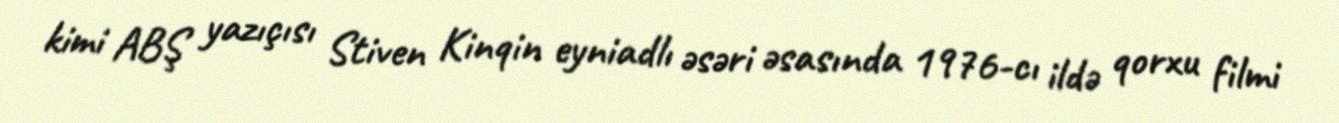
kimi ABŞ yazıçısı Stiven Kinqin eyniadlı əsəri əsasında 1976-cı ildə qorxu filmi